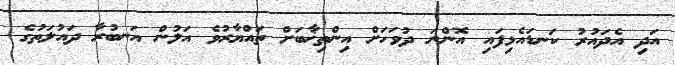
އަދި އެދައުރު ކަނޑައެޅިފައި އޮންނަ ދުވަހަށް އިންތިޚާބަށް ތައްޔާރުވެ އަލުން އަނބުރާ ދައުލަތުގެ